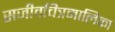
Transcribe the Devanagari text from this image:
सजीवचित्रमालिका